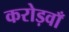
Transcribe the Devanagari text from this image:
करोड़वाँ